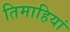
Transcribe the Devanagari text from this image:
तिमाहियां